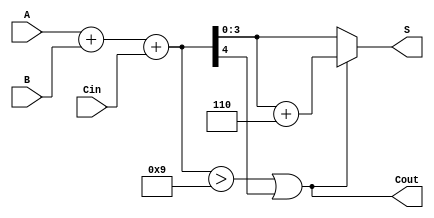
module BCD_Adde(
    input [3:0] A,       // First BCD digit
    input [3:0] B,       // Second BCD digit
    input Cin,           // Carry-in
    output [3:0] S,      // BCD Sum output
    output Cout          // Carry-out
);

// Intermediate 5-bit sum
wire [4:0] TempSum;

// Calculate initial binary sum
assign TempSum = A + B + Cin;

// Determine if BCD correction is needed
wire correction_needed;
assign correction_needed = (TempSum > 5'd9) || TempSum[4];

// Apply correction for BCD if necessary
wire [4:0] CorrectedSum;
assign CorrectedSum = correction_needed ? (TempSum + 5'd6) : TempSum;

// Assign output values
assign S = CorrectedSum[3:0];
assign Cout = correction_needed;

endmodule